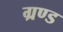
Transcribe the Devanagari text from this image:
ग्रण्ड